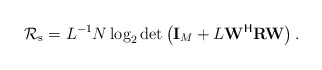
\begin{align*}{\mathcal{R}}_{\rm{s}}=L^{-1}N\log_2\det\left({\mathbf{I}}_M+L{\mathbf{W}}^{\mathsf{H}}{\mathbf{R}}{\mathbf{W}}\right).\end{align*}